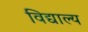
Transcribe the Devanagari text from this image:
विद्याल्य